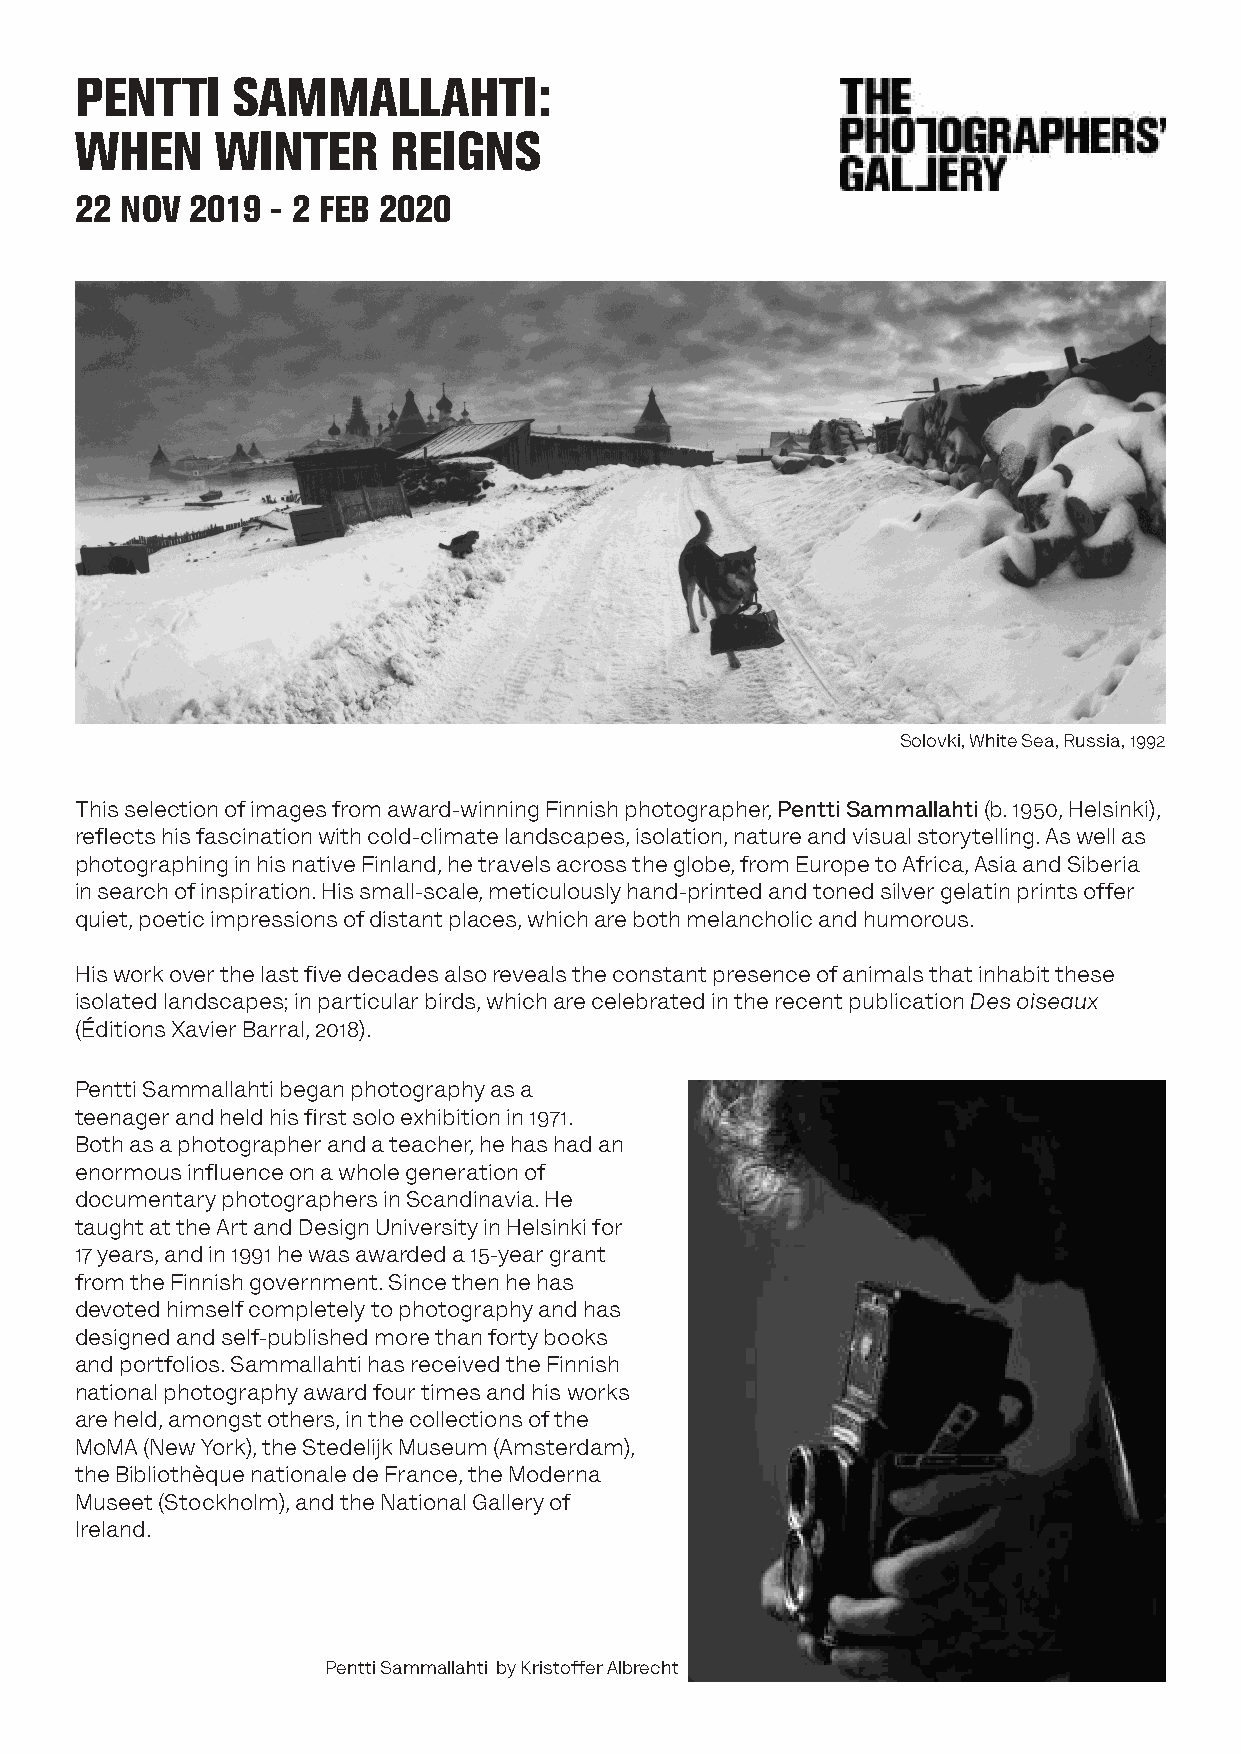
PENTTI    SAMMALLAHTI:
 WHEN     WINTER      REIGNS
 22 NOV  2019 - 2 FEB 2020
 Solovki, White Sea, Russia, 1992
 This selection of images from award-winning Finnish photographer, Pentti Sammallahti (b. 1950, Helsinki),
 reflects his fascination with cold-climate landscapes, isolation, nature and visual storytelling. As well as
 photographing in his native Finland, he travels across the globe, from Europe to Africa, Asia and Siberia
 in search of inspiration. His small-scale, meticulously hand-printed and toned silver gelatin prints offer
 quiet, poetic impressions of distant places, which are both melancholic and humorous.
 His work over the last five decades also reveals the constant presence of animals that inhabit these
 isolated landscapes; in particular birds, which are celebrated in the recent publication Des oiseaux
 (Éditions Xavier Barral, 2018).
 Pentti Sammallahti began photography as a
 teenager and held his first solo exhibition in 1971.
 Both as a photographer and a teacher, he has had an
 enormous influence on a whole generation of
 documentary photographers in Scandinavia. He
 taught at the Art and Design University in Helsinki for
 17 years, and in 1991 he was awarded a 15-year grant
 from the Finnish government. Since then he has
 devoted himself completely to photography and has
 designed and self-published more than forty books
 and portfolios. Sammallahti has received the Finnish
 national photography award four times and his works
 are held, amongst others, in the collections of the
 MoMA (New York), the Stedelijk Museum (Amsterdam),
 the Bibliothèque nationale de France, the Moderna
 Museet (Stockholm), and the National Gallery of
 Ireland.
 Pentti Sammallahti by Kristoffer Albrecht